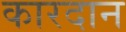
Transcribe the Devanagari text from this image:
कारदान